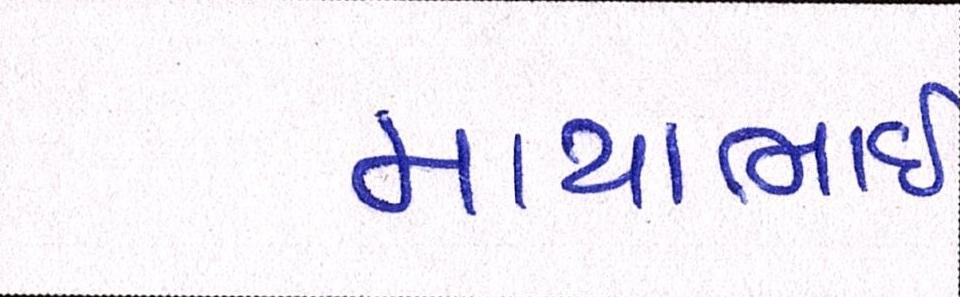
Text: માયાભાઇ